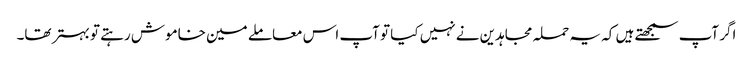
اگر آپ سمجھتے ہیں کہ یہ حملہ مجاہدین نے نہیں کیا تو آپ اس معاملے مین خاموش رہتے تو بہتر تھا۔